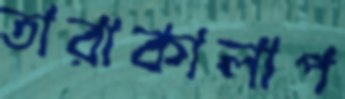
তারাকালাপ